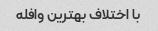
با اختلاف بهترین وافله